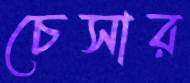
চেসার